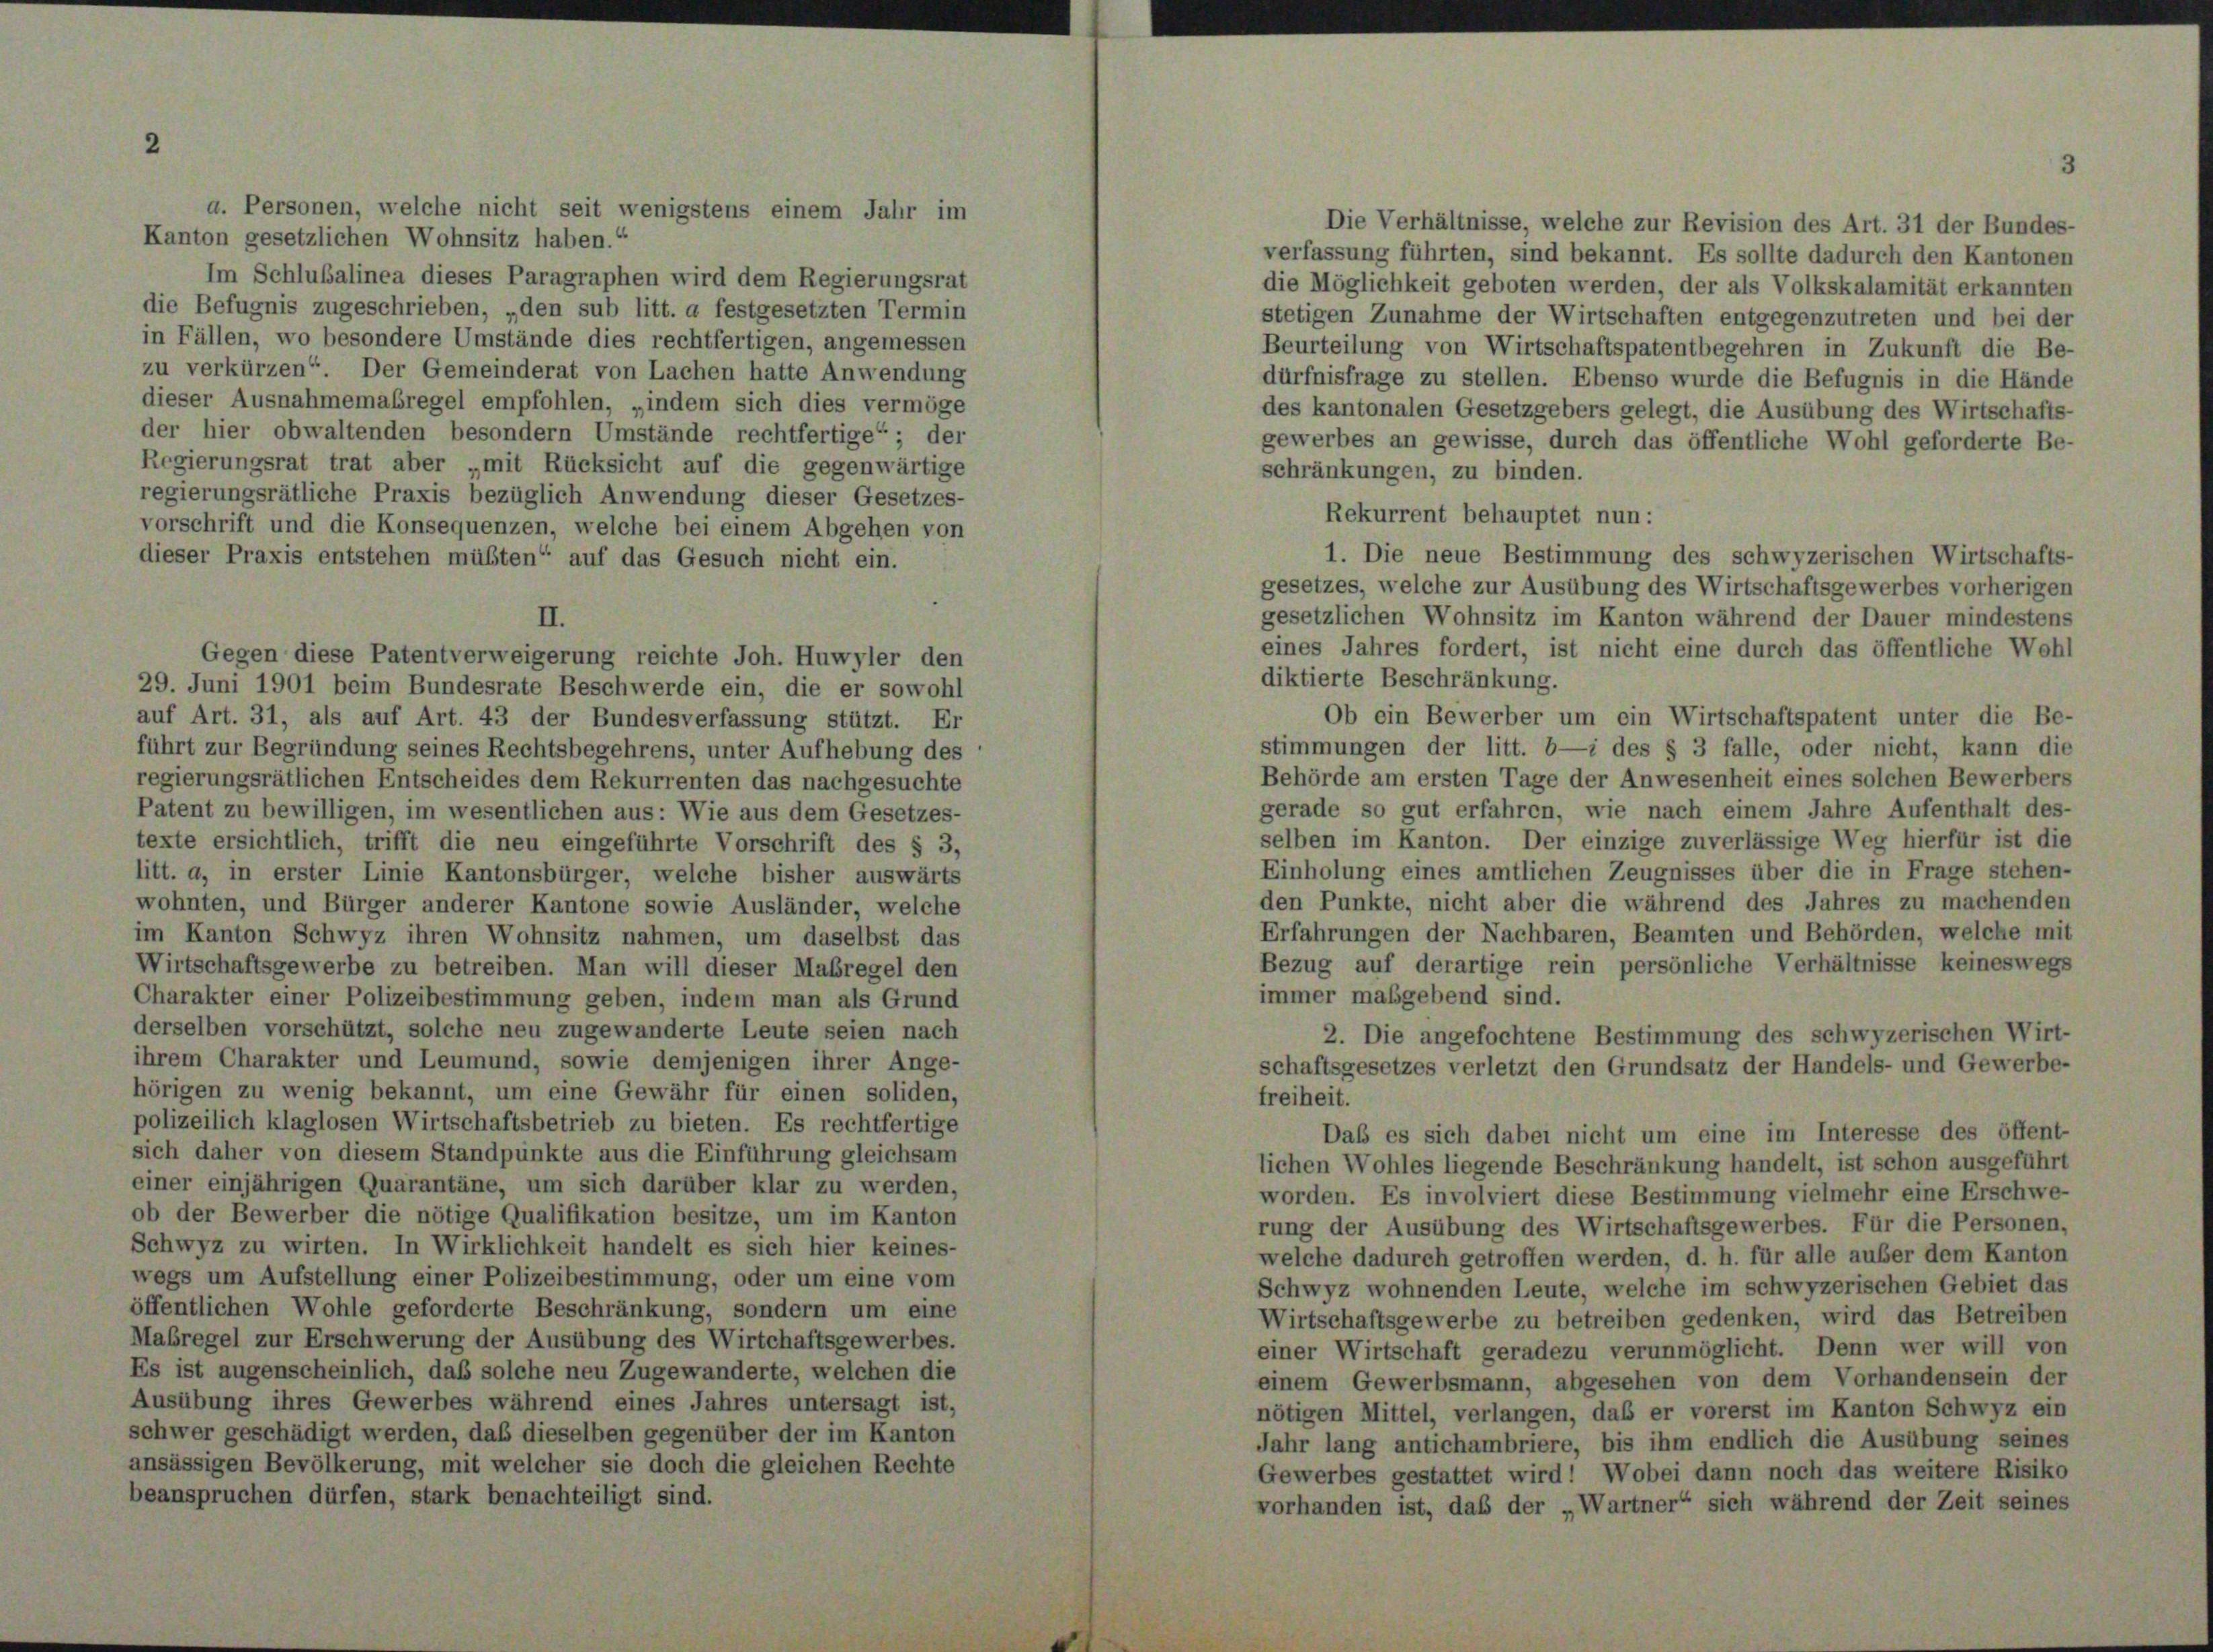
Kanton gesetzlichen Wohnsitz haben.“
Im Schlußalinea dieses Paragraphen wird dem Regierungsrat
die Befugnis zugeschrieben, „den sub litt. a festgesetzten Termin
in Fällen, wo besondere Umstände dies rechtfertigen, angemessen
zu verkürzen“. Der Gemeinderat von Lachen hatte Anwendung
dieser Ausnahmemabregel empfohlen, „indem sich dies vermöge
der hier obwaltenden besondern Umstände rechtfertige“ ; der
Regierungsrat trat aber „mit Rücksicht auf die gegenwärtige
regierungsrätliche Praxis bezüglich Anwendung dieser Gesetzes-
vorschrift und die Konsequenzen, welche bei einem Abgehen von
dieser Praxis entstehen müßten“ auf das Gesuch nicht ein.

a. Personen, welche nicht seit wenigstens einem Jahr im

Gegen diese Patentverweigerung reichte Joh. Huwyler den
29. Juni 1901 beim Bundesrate Beschwerde ein, die er sowohl
auf Art. 31, als auf Art. 43 der Bundesverfassung stützt. Er
führt zur Begründung seines Rechtsbegehrens, unter Aufhebung des
regierungsrätlichen Entscheides dem Rekurrenten das nachgesuchte
Patent zu bewilligen, im wesentlichen aus: Wie aus dem Gesetzes-
texte ersichtlich, trifft die neu eingeführte Vorschrift des § 3,
litt. a, in erster Linie Kantonsbürger, welche bisher auswärts
wohnten, und Bürger anderer Kantone sowie Ausländer, welche
im Kanton Schwyz ihren Wohnsitz nahmen, um daselbst das
Wirtschaftsgewerbe zu betreiben. Man will dieser Maßregel den
Charakter einer Polizeibestimmung geben, indem man als Grund
derselben vorschützt, solche neu zugewanderte Leute seien nach
ihrem Charakter und Leumund, sowie demjenigen ihrer Ange-
hörigen zu wenig bekannt, um eine Gewähr für einen soliden,
polizeilich klaglosen Wirtschaftsbetrieb zu bieten. Es rechtfertige
sich daher von diesem Standpunkte aus die Einführung gleichsam
einer einjährigen Quarantäne, um sich darüber klar zu werden,
ob der Bewerber die nötige Qualifikation besitze, um im Kanton
Schwyz zu wirten. In Wirklichkeit handelt es sich hier keines-
wegs um Aufstellung einer Polizeibestimmung, oder um eine vom
öffentlichen Wohle geforderte Beschränkung, sondern um eine
Mabregel zur Erschwerung der Ausübung des Wirtchaftsgewerbes.
Es ist augenscheinlich, daß solche neu Zugewanderte, welchen die
Ausübung ihres Gewerbes während eines Jahres untersagt ist,
schwer geschädigt werden, daß dieselben gegenüber der im Kanton
ansässigen Bevölkerung, mit welcher sie doch die gleichen Rechte
beanspruchen dürfen, stark benachteiligt sind.

Die Verhältnisse, welche zur Revision des Art. 31 der Bundes-
verfassung führten, sind bekannt. Es sollte dadurch den Kantonen
die Möglichkeit geboten werden, der als Volkskalamität erkannten
stetigen Zunahme der Wirtschaften entgegenzutreten und bei der
Beurteilung von Wirtschaftspatentbegehren in Zukunft die Be-
dürfnisfrage zu stellen. Ebenso wurde die Befugnis in die Hände
des kantonalen Gesetzgebers gelegt, die Ausübung des Wirtschafts-
gewerbes an gewisse, durch das öffentliche Wohl geforderte Be-
schränkungen, zu binden.
1. Die neue Bestimmung des schwyzerischen Wirtschafts-
gesetzes, welche zur Ausübung des Wirtschaftsgewerbes vorherigen
gesetzlichen Wohnsitz im Kanton während der Dauer mindestens
eines Jahres fordert, ist nicht eine durch das öffentliche Wohl
diktierte Beschränkung.
Ob ein Bewerber um ein Wirtschaftspatent unter die Be-
stimmungen der litt. b—i des § 3 falle, oder nicht, kann die
Behörde am ersten Tage der Anwesenheit eines solchen Bewerbers
gerade so gut erfahren, wie nach einem Jahre Aufenthalt des-
selben im Kanton. Der einzige zuverlässige Weg hierfür ist die
Einholung eines amtlichen Zeugnisses über die in Frage stehen-
den Punkte, nicht aber die während des Jahres zu machenden
Erfahrungen der Nachbaren, Beamten und Behörden, welche mit
Bezug auf derartige rein persönliche Verhältnisse keineswegs
immer maßgebend sind.
2. Die angefochtene Bestimmung des schwyzerischen Wirt-
schaftsgesetzes verletzt den Grundsatz der Handels- und Gewerbe-
freiheit.
Daß es sich dabei nicht um eine im Interesse des öffent-
lichen Wohles liegende Beschränkung handelt, ist schon ausgeführt
worden. Es involviert diese Bestimmung vielmehr eine Erschwe-
rung der Ausübung des Wirtschaftsgewerbes. Für die Personen,
welche dadurch getroffen werden, d. h. für alle außer dem Kanton
Schwyz wohnenden Leute, welche im schwyzerischen Gebiet das
Wirtschaftsgewerbe zu betreiben gedenken, wird das Betreiber
einer Wirtschaft geradezu verunmöglicht. Denn wer will von
einem Gewerbsmann, abgesehen von dem Vorhandensein der
nötigen Mittel, verlangen, daß er vorerst im Kanton Schwyz ein
Jahr lang antichambriere, bis ihm endlich die Ausübung seines
Gewerbes gestattet wird! Wobei dann noch das weitere Risiko
vorhanden ist, daß der „Wartner“ sich während der Zeit seines

Rekurrent behauptet nun: